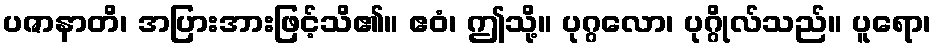
ပဇာနာတိ၊ အပြားအားဖြင့်သိ၏။ ဧဝံ၊ ဤသို့။ ပုဂ္ဂလော၊ ပုဂ္ဂိုလ်သည်။ ပူရော၊